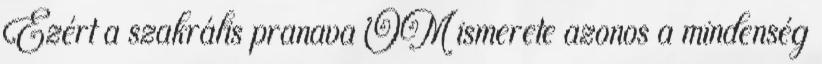
Ezért a szakrális pranava OM ismerete azonos a mindenség